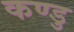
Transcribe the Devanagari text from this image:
कण्डु